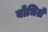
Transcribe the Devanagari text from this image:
बोधिलें